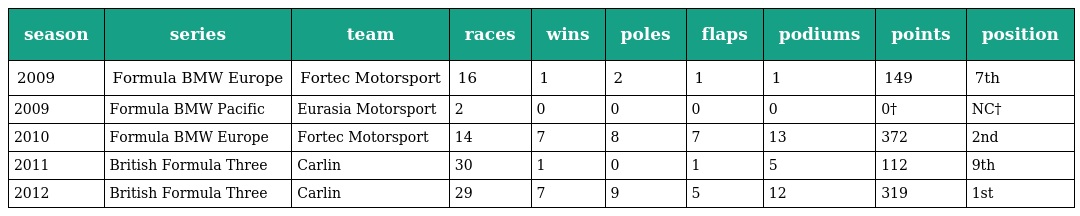
| season | series | team | races | wins | poles | flaps | podiums | points | position |
 | --- | --- | --- | --- | --- | --- | --- | --- | --- | --- |
 | 2009 | Formula BMW Europe | Fortec Motorsport | 16 | 1 | 2 | 1 | 1 | 149 | 7th |
 | 2009 | Formula BMW Pacific | Eurasia Motorsport | 2 | 0 | 0 | 0 | 0 | 0† | NC† |
 | 2010 | Formula BMW Europe | Fortec Motorsport | 14 | 7 | 8 | 7 | 13 | 372 | 2nd |
 | 2011 | British Formula Three | Carlin | 30 | 1 | 0 | 1 | 5 | 112 | 9th |
 | 2012 | British Formula Three | Carlin | 29 | 7 | 9 | 5 | 12 | 319 | 1st |